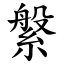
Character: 縏